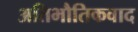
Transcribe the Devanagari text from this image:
अतिभौतिकवाद